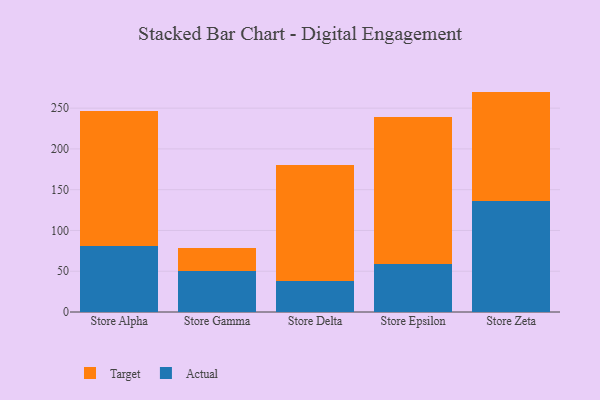
{"axis": {"x": "Store", "y": "Humidity (%)"}, "legend": ["Actual", "Target"], "data": [{"x": "Store Alpha", "y": 80.5, "type": "Actual"}, {"x": "Store Alpha", "y": 165.9, "type": "Target"}, {"x": "Store Gamma", "y": 50.8, "type": "Actual"}, {"x": "Store Gamma", "y": 27.5, "type": "Target"}, {"x": "Store Delta", "y": 38.1, "type": "Actual"}, {"x": "Store Delta", "y": 141.6, "type": "Target"}, {"x": "Store Epsilon", "y": 59.3, "type": "Actual"}, {"x": "Store Epsilon", "y": 179.7, "type": "Target"}, {"x": "Store Zeta", "y": 135.7, "type": "Actual"}, {"x": "Store Zeta", "y": 134.6, "type": "Target"}]}